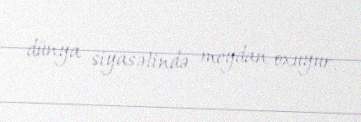
dünya siyasətində meydan oxuyur.